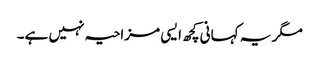
مگر یہ کہانی کچھ ایسی مزاحیہ نہیں ہے۔